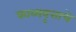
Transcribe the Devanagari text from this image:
काव्यवृत्ताचे